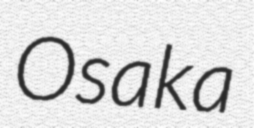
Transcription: Osaka